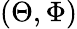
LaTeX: (\Theta,\Phi)